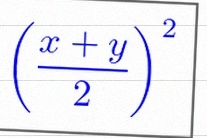
\left(\frac{x+y}{2}\right)^2